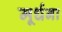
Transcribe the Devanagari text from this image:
मूर्धना